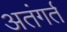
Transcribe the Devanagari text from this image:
अतंगर्त